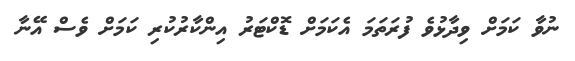
ނުވާ ކަމަށް ވިދާޅުވެ ފުރަތަމަ އެކަމަށް ޑޮކްޓަރު އިންކާރުކުރި ކަމަށް ވެސް އޭނާ